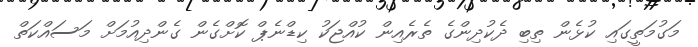
މަގުމަތީގައި ކުޅެން ތިބި ދެކުދިންގެ ތެރެއިން ކުއްޖަކު ކިޑްނެޕް ކޮށްގެން ގެންދިއުމަށް މަސައްކަތް